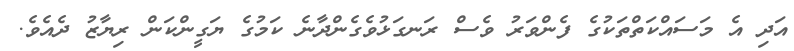
އަދި އެ މަސައްކަތްތަކުގެ ފެންވަރު ވެސް ރަނގަޅުވެގެންދާނެ ކަމުގެ ޔަގީންކަން ރިޔާޒު ދެއެވެ.